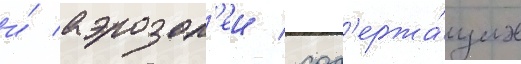
и́ аэрозол'еи / сод'ержа́щих